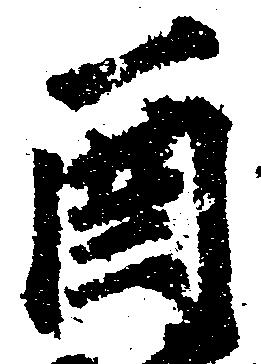
酉